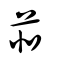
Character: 苝